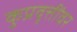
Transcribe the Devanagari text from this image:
कुप्रवृत्तींवर